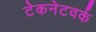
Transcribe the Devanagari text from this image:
टेकनेटवर्क